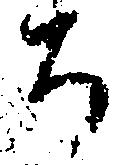
ち